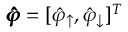
\pmb { \hat { \varphi } } = [ \hat { \varphi } _ { \uparrow } , \hat { \varphi } _ { \downarrow } ] ^ { T }